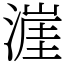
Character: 漄